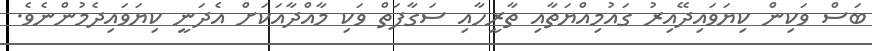
ބަސް ވަކިން ކިޔަވައިދޭއިރު ގައުމިއްޔަތާއި ތާރީހާއި ސަގާފަތް ވަކި މާއްދާއަކަށް އެދަނީ ކިޔަވައިދެމުންނެވެ.